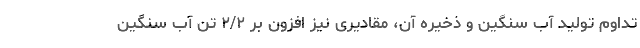
تداوم تولید آب سنگین و ذخیره آن، مقادیری نیز افزون بر ۲/۲ تن آب سنگین